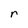
Character: r